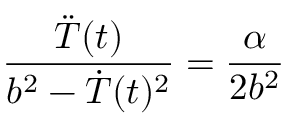
{ \frac { \ddot { \cal T } ( t ) } { b ^ { 2 } - \dot { \cal T } ( t ) ^ { 2 } } } = { \frac { \alpha } { 2 b ^ { 2 } } }